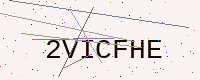
Text: 2VICFHE